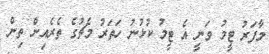
މާފަރު ޓީމު ވަނީ އެ ޓީމު ކުޅުނު ހަތަރު މެޗުގެ ތެރެއިން ތިން